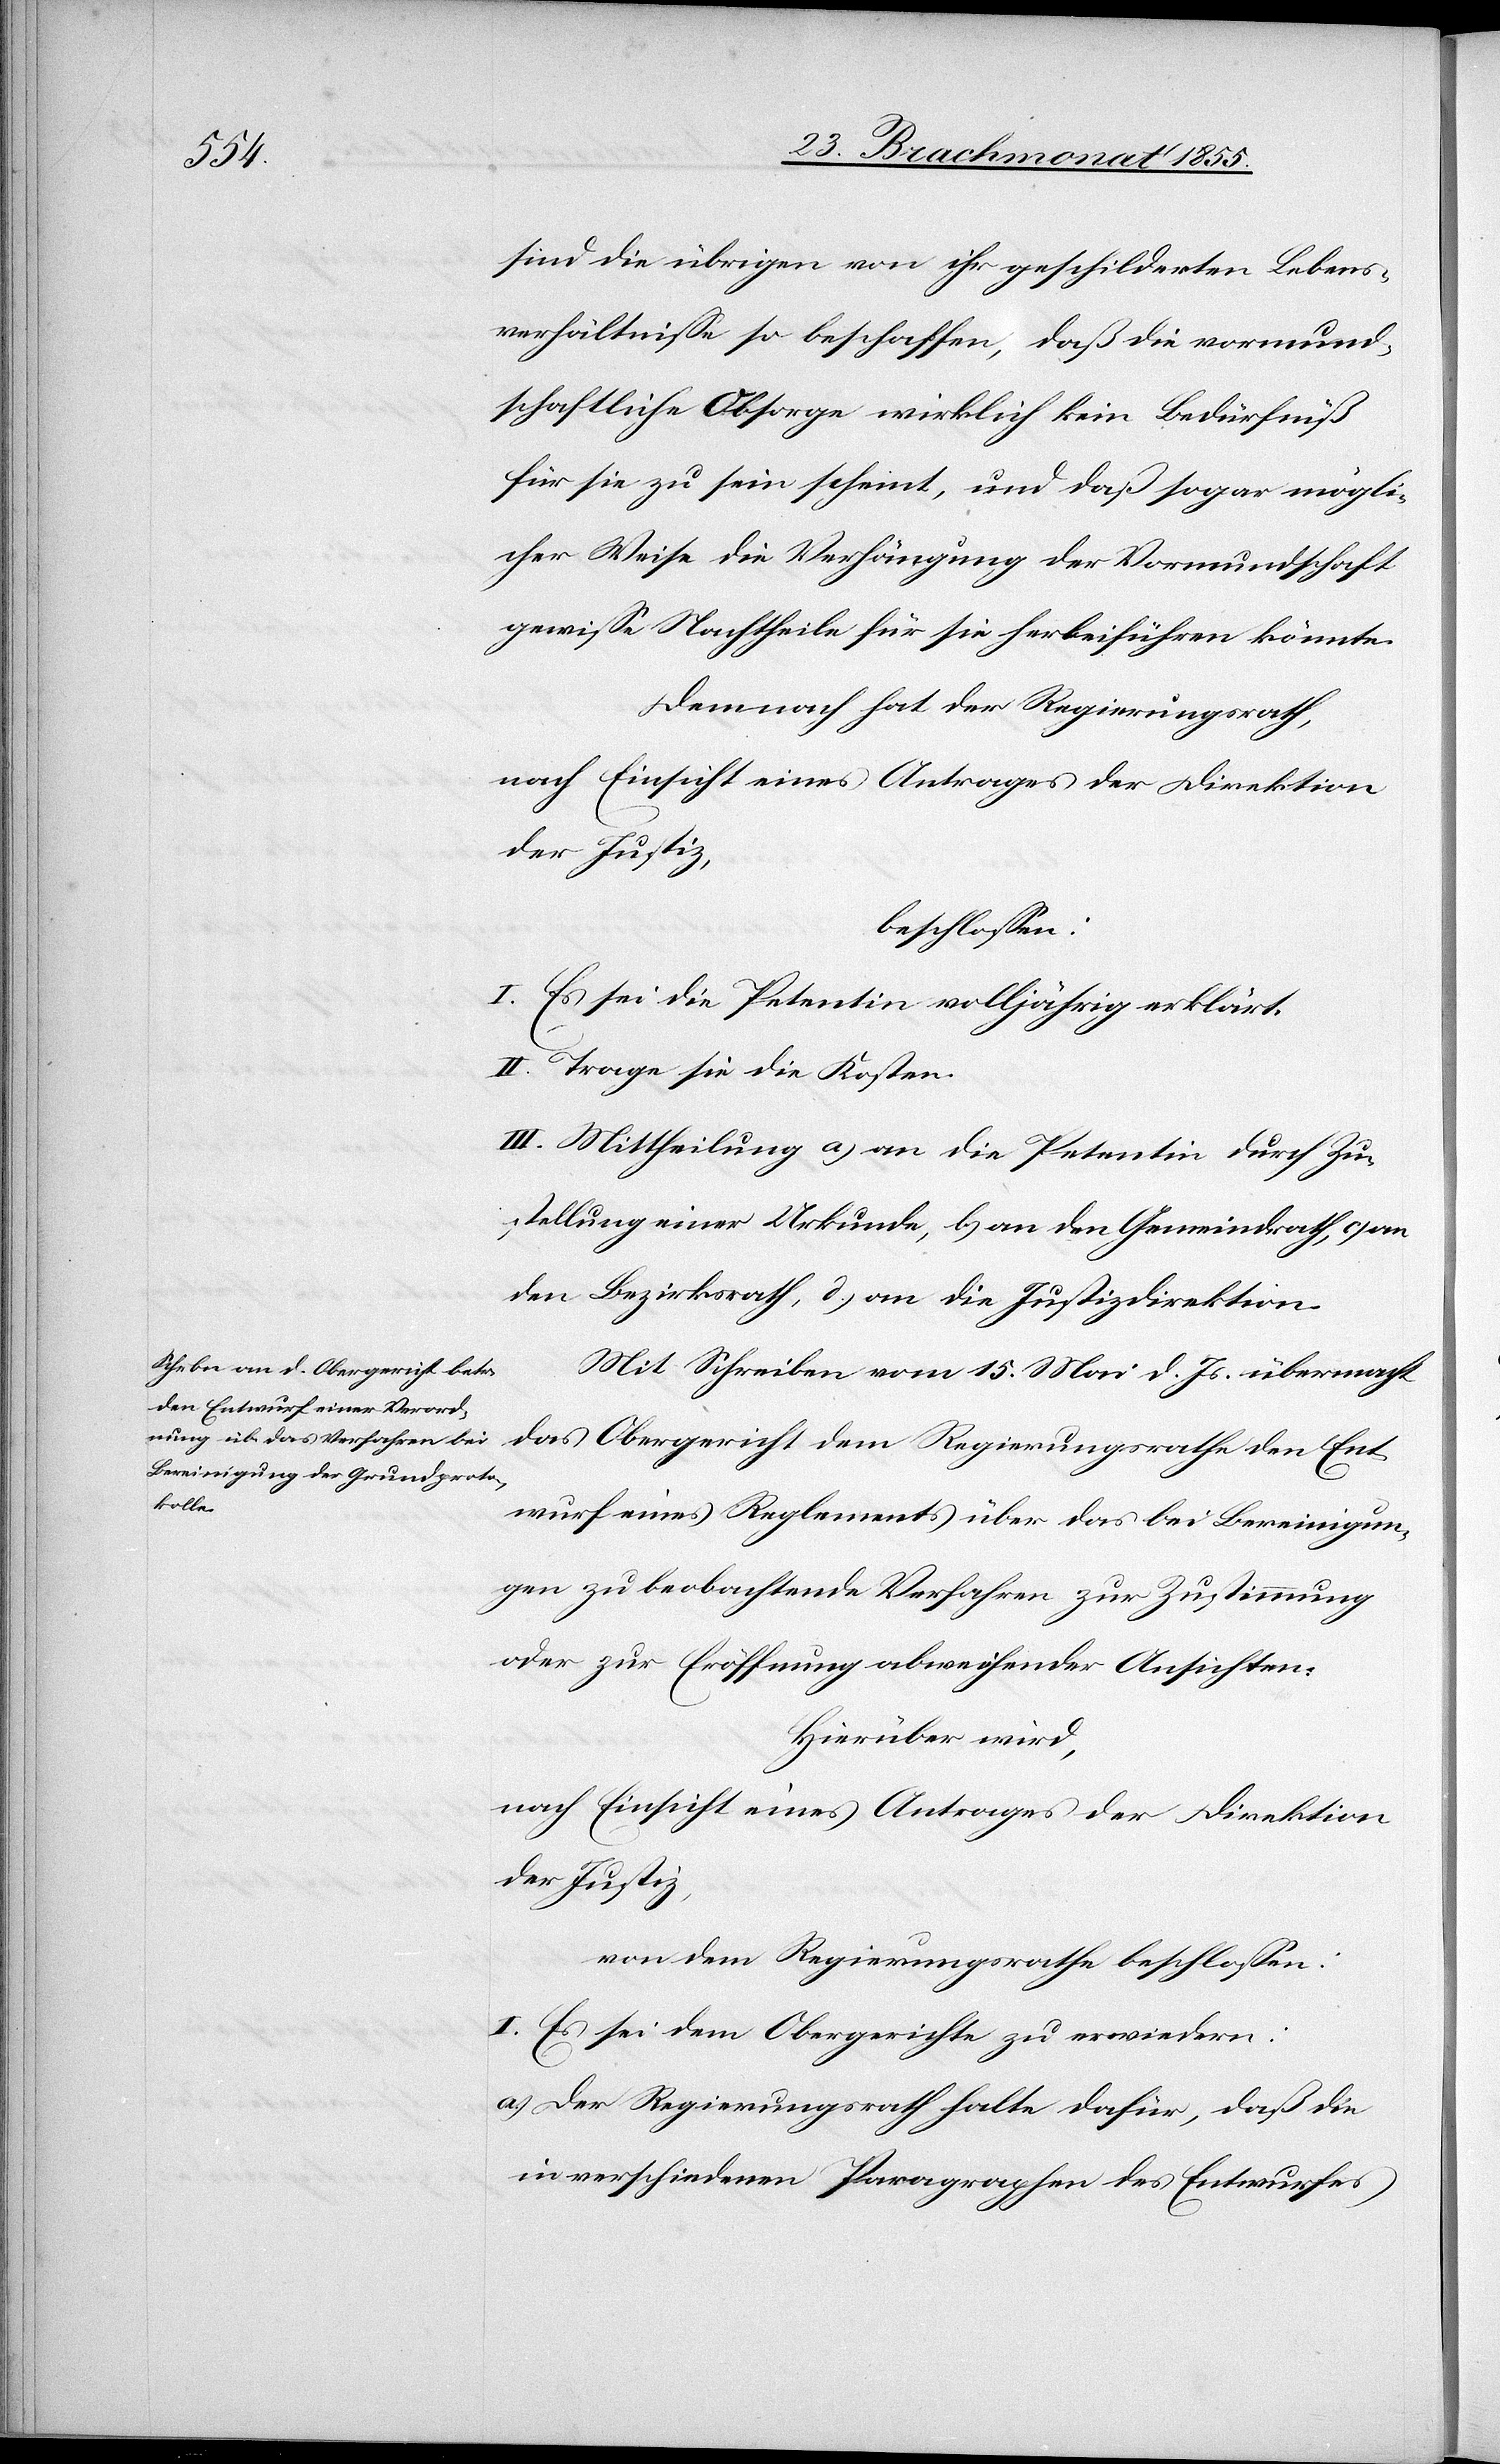
sind die übrigen von ihr geschilderten Lebens¬
verhältnisse so beschaffen, daß die vormund¬
schaftliche Obsorge wirklich kein Bedürfniß
für sie zu sein scheint, und daß sogar mögli¬
cher Weise die Verhängung der Vormundschaft
gewisse Nachtheile für sie herbeiführen könnte.
Demnach hat der Regierungsrath,
nach Einsicht eines Antrages der Direktion
der Justiz,
beschlossen:
I. Es sei die Petentin volljährig erklärt.
II. Trage sie die Kosten.
III. Mittheilung a) an die Petentin durch Zu¬
stellung einer Urkunde, b) an den Gemeindrath, c) an
den Bezirksrath, d.) an die Justizdirektion.
Mit Schreiben vom 15. Mai d. Js. übermacht
das Obergericht dem Regierungsrathe den Ent¬
wurf eines Reglements über das bei Bereinigun¬
gen zu beobachtende Verfahren zur Zustimmung
oder zur Eröffnung abweichender Ansichten.
Hierüber wird,
nach Einsicht eines Antrages der Direktion
der Justiz,
von dem Regierungsrathe beschlossen:
I. Es sei dem Obergerichte zu erwiedern:
Der Regierungsrath halte dafür, daß die
in verschiedenen Paragraphen des Entwurfes